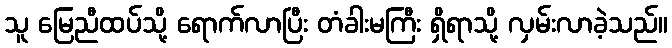
သူ မြေညီထပ်သို့ ရောက်လာပြီး တံခါးမကြီး ရှိရာသို့ လှမ်းလာခဲ့သည်။